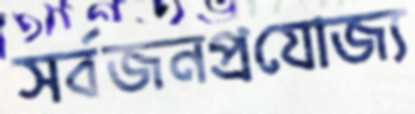
সর্বজনপ্রযোজ্য